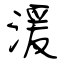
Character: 湲